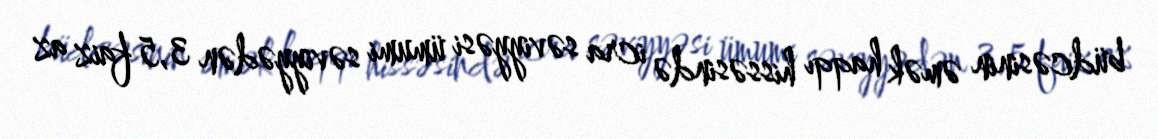
büdcəsinin əmək haqqı hissəsində icra səviyyəsi ümumi səviyyədən 3,5 faiz az